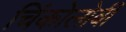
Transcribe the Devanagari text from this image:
चिंकोलोबी